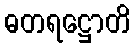
ဓတရဋ္ဌောတိ